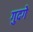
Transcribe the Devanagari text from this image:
गुदगे